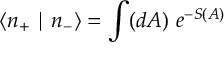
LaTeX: \langle n _ { + } \mid n _ { - } \rangle = \int ( d A ) ~ e ^ { - S ( A ) }